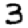
Digit: 3